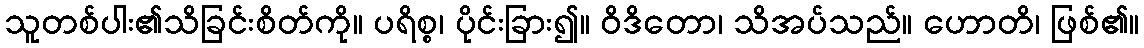
သူတစ်ပါး၏သိခြင်းစိတ်ကို။ ပရိစ္စ၊ ပိုင်းခြား၍။ ဝိဒိတော၊ သိအပ်သည်။ ဟောတိ၊ ဖြစ်၏။